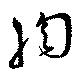
網